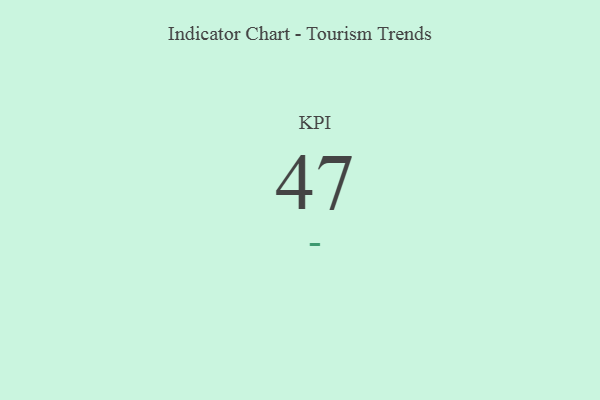
{"axis": {"x": "KPI", "y": "Value"}, "legend": [""], "data": [{"x": "KPI", "y": 47, "type": ""}]}